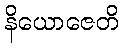
နိယောဇေတိ